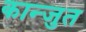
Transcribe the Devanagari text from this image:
कान्जुत